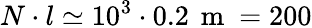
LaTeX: N\cdot l\simeq 10^{3}\cdot 0.2\, \mathrm{~m~}=200